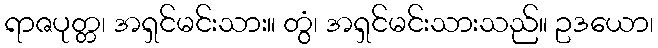
ရာဇပုတ္တ၊ အရှင်မင်းသား။ တွံ၊ အရှင်မင်းသားသည်။ ဥဒယော၊